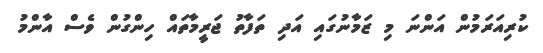
ކުރިއަރަމުން އަންނަ މި ޒަމާނުގައި އަދި ތަފާތު ޖަރީމާތައް ހިންގުން ވެސް އާންމު